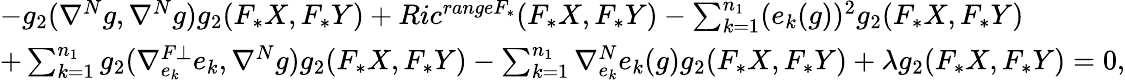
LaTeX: \begin{array}{ll}{-g_{2}(\nabla^{N}g,\nabla^{N}g)g_{2}(F_{\ast}X,F_{\ast}Y)+Ric^{rangeF_{\ast}}(F_{\ast}X,F_{\ast}Y)-\sum_{k=1}^{n_{1}}(e_{k}(g))^{2}g_{2}(F_{\ast}X,F_{\ast}Y)}\\ {+\sum_{k=1}^{n_{1}}g_{2}(\nabla_{e_{k}}^{F\bot}e_{k},\nabla^{N}g)g_{2}(F_{\ast}X,F_{\ast}Y)-\sum_{k=1}^{n_{1}}\nabla_{e_{k}}^{N}e_{k}(g)g_{2}(F_{\ast}X,F_{\ast}Y)+\lambda g_{2}(F_{\ast}X,F_{\ast}Y)=0,}\end{array}